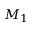
M _ { 1 }